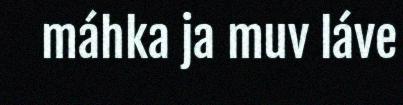
máhka ja muv láve